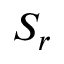
S _ { r }